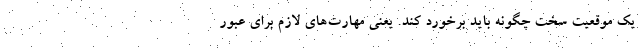
یک موقعیت سخت چگونه باید برخورد کند. یعنی مهارت‌های لازم برای عبور